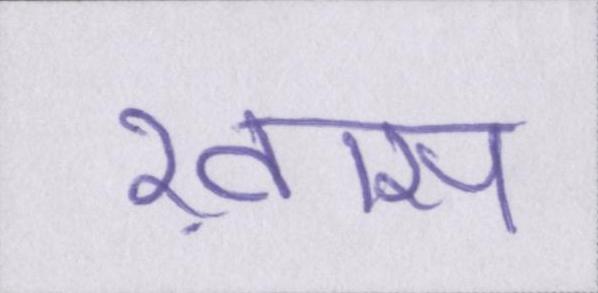
ख़ास